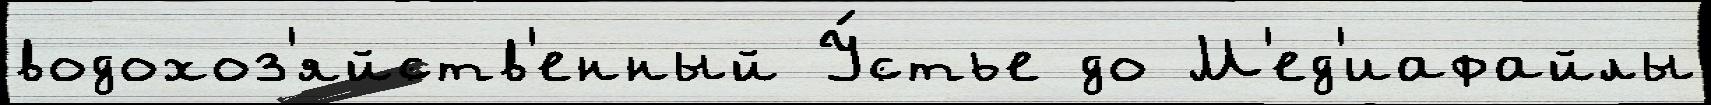
водохоз'яйств'енный У́стье до М'ед'иафайлы